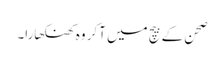
صحن کے بیچ میں آکر وہ کھنکھارا۔